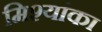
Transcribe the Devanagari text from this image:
मिश्यांका